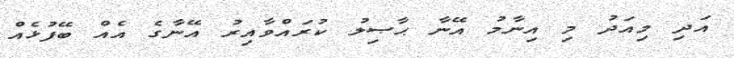
އަދި މިއަދު މި އިނާމު އޭނާ ޙާޞިލު ކުރައްވާއިރު އޭނާގެ އެއް ބޭފުޅެއް